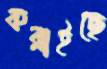
করাইছে